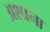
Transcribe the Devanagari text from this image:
अशाना